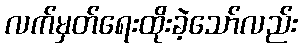
လက်မှတ်ရေးထိုးခဲ့သော်လည်း